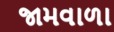
જામવાળા